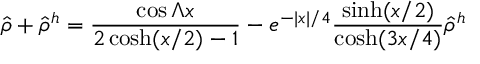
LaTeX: \hat { \rho } + \hat { \rho } ^ { h } = { \frac { \cos \Lambda x } { 2 \cosh ( x / 2 ) - 1 } } - e ^ { - | x | / 4 } { \frac { \sinh ( x / 2 ) } { \cosh ( 3 x / 4 ) } } \hat { \rho } ^ { h }